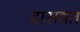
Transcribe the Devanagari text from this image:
दासवंत